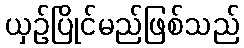
ယှဉ်ပြိုင်မည်ဖြစ်သည်